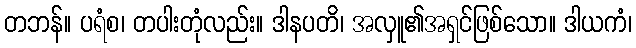
တဘန်။ ပရံစ၊ တပါးတုံလည်း။ ဒါနပတိ၊ အလှူ၏အရှင်ဖြစ်သော။ ဒါယကံ၊